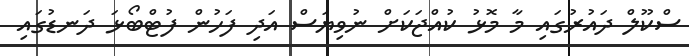
ސްކޫލް ދައުރުގައި މާ މޮޅު ކުއްޖަކަށް ނުވިޔަސް އަދި ފަހުން ފުޓްބޯޅަ ދަނޑުގައި